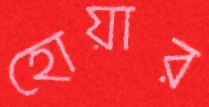
হোয়ার